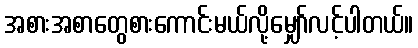
အစားအစာတွေစားကောင်းမယ်လို့မျှော်လင့်ပါတယ်။